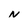
Character: N